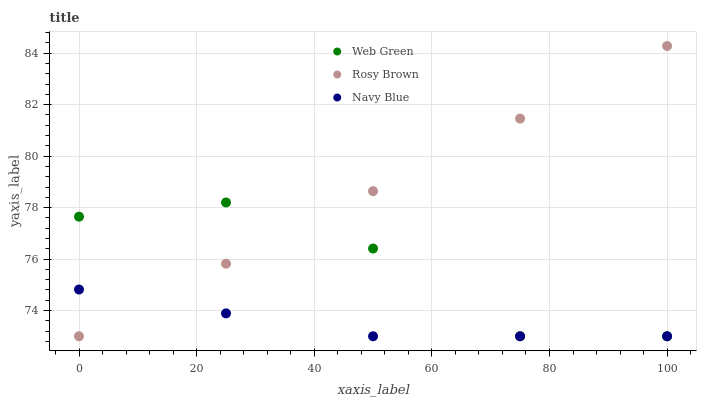
| xaxis_label | Web Green | Rosy Brown | Navy Blue |
 | --- | --- | --- | --- |
 | 0 | 77.6 | 73 | 74.8 |
 | 25 | 78.2 | 75.8 | 73.9 |
 | 50 | 76.4 | 78.6 | 73 |
 | 75 | 73 | 81.5 | 73 |
 | 100 | 73 | 84.3 | 73 |